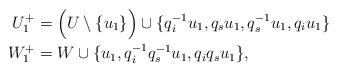
LaTeX: \begin{align*} U^+_1 &= \Big( U \setminus \{u_1\} \Big) \cup \{ q_i^{-1} u_1, q_{s} u_1, q_s^{-1} u_1, q_i u_1 \}\\ W^+_1 &= W \cup \{ u_1, q_i^{-1} q_{s}^{-1} u_1, q_i q_s u_1 \}, \end{align*}